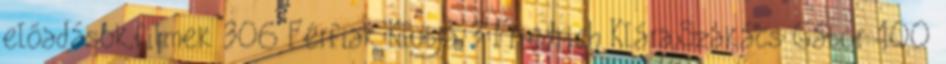
előadások,filmek 306 Férfiak Klubja 3 Friedrich Klára,Szakács Gábor 100